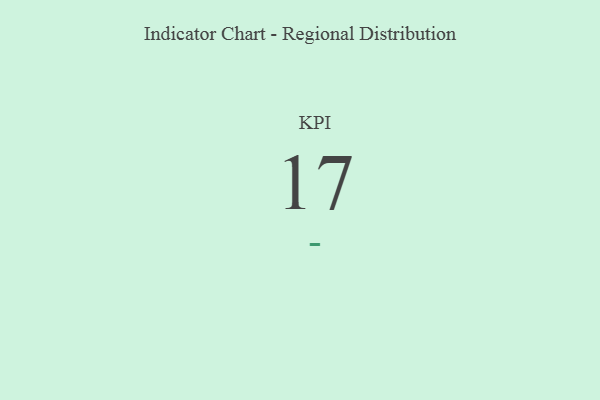
{"axis": {"x": "KPI", "y": "Value"}, "legend": [""], "data": [{"x": "KPI", "y": 17, "type": ""}]}